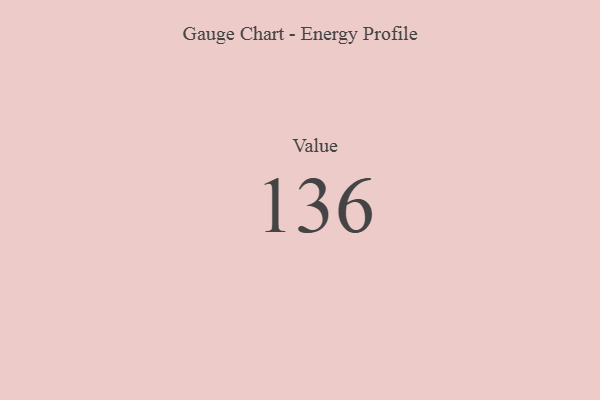
{"axis": {"x": "Metric", "y": "Value"}, "legend": [""], "data": [{"x": "Value", "y": 136, "type": ""}]}